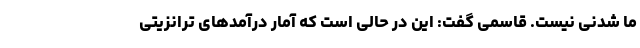
ما شدنی نیست. قاسمی گفت: این در حالی است که آمار درآمدهای ترانزیتی